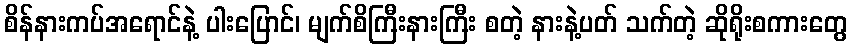
စိန်နားကပ်အရောင်နဲ့ ပါးပြောင်၊ မျက်စိကြီးနားကြီး စတဲ့ နားနဲ့ပတ် သက်တဲ့ ဆိုရိုးစကားတွေ